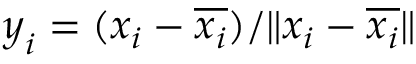
\boldsymbol { y } _ { i } = ( \boldsymbol { x } _ { i } - \overline { { \boldsymbol { x } _ { i } } } ) / \| \boldsymbol { x } _ { i } - \overline { { \boldsymbol { x } _ { i } } } \|